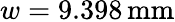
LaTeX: w=9.398\, \mathrm{mm}